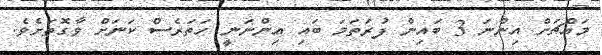
މައްޗަށް އިންނަ 3 ބައިން ފުރަތަމަ ބައި އިންނަނީ ހަތަރެސް ކަނަށް ވާގޮތަށެވެ.